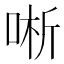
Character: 唽